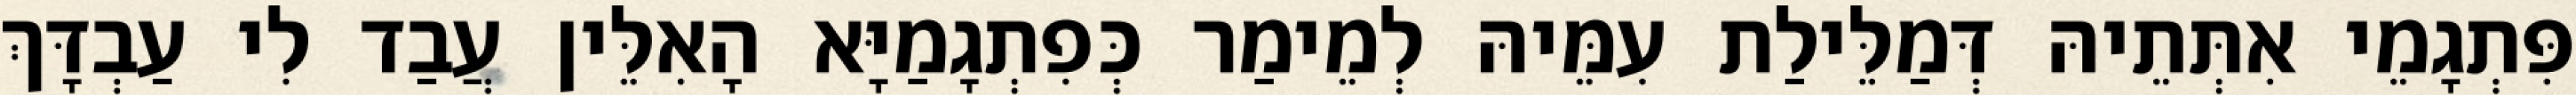
פִּתְגָמֵי אִתְּתֵיהּ דְּמַלֵּילַת עִמֵּיהּ לְמֵימַר כְּפִתְגָמַיָּא הָאִלֵּין עֲבַד לִי עַבְדָּךְ